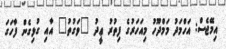
އިމޭޖެސް: އަހްމަދު މަމްދޫހު މިއަހަރުގެ ފިތުރު ޢީދު "ވަގުތު" އާއި ގުޅިގެން ފާހަގަ